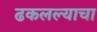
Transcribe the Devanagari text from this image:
ढकलल्याचा